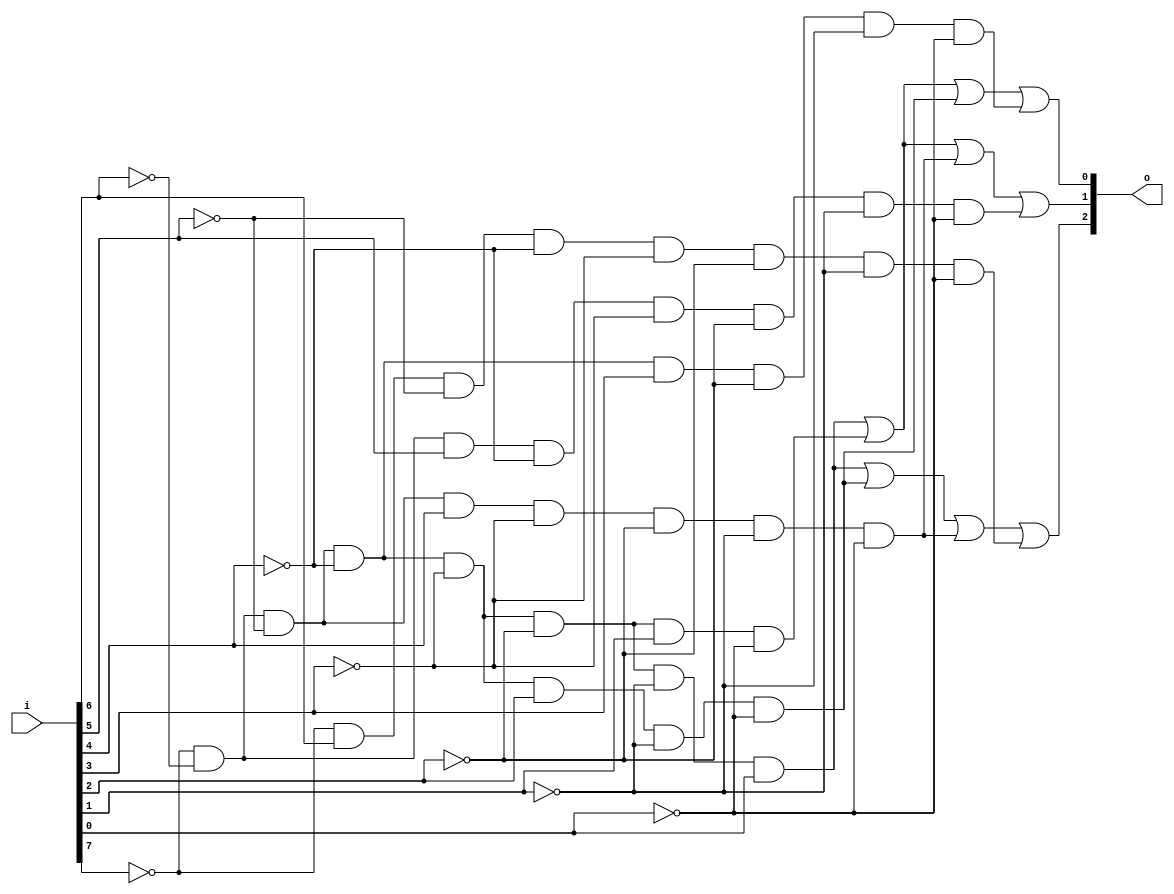
// Submission Date: 7 February 2024
// Updation Date: 25 Feb 2024

module encoder8to3 (i, o);
    input [0:7] i;
    output [0:2]o;

    wire [0:7]w;

    assign w[1] = (~i[0] & i[1] & ~i[2] & ~i[3] & ~i[4] & ~i[5] & ~i[6] & ~i[7]);
    assign w[2] = (~i[0] & ~i[1] & i[2] & ~i[3] & ~i[4] & ~i[5] & ~i[6] & ~i[7]);
    assign w[3] = (~i[0] & ~i[1] & ~i[2] & i[3] & ~i[4] & ~i[5] & ~i[6] & ~i[7]);
    assign w[4] = (~i[0] & ~i[1] & ~i[2] & ~i[3] & i[4] & ~i[5] & ~i[6] & ~i[7]);
    assign w[5] = (~i[0] & ~i[1] & ~i[2] & ~i[3] & ~i[4] & i[5] & ~i[6] & ~i[7]);
    assign w[6] = (~i[0] & ~i[1] & ~i[2] & ~i[3] & ~i[4] & ~i[5] & i[6] & ~i[7]);
    assign w[7] = (~i[0] & ~i[1] & ~i[2] & ~i[3] & ~i[4] & ~i[5] & ~i[6] & i[7]);
    
    assign o[0] = w[7] | w[5] | w[3] | w[1];
    assign o[1] = w[7] | w[6] | w[3] | w[2];
    assign o[2] = w[7] | w[6] | w[5] | w[4];

endmodule